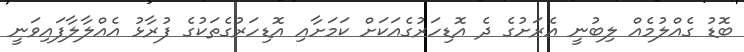
ބޮޑު ގެއްލުމެއް ލިބުނީ އެރަށުގެ ދެ އޮޑިހަރުގެއަކަށް ކަމަށާއި އޮޑިހަރުގެތަކުގެ ފުރާޅު އެއްލާލާފައިވަނީ